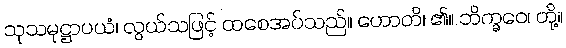
သုသမုဋ္ဌာပယံ၊ လွယ်သဖြင့် ထစေအပ်သည်။ ဟောတိ၊ ၏။ ဘိက္ခဝေ၊ တို့။